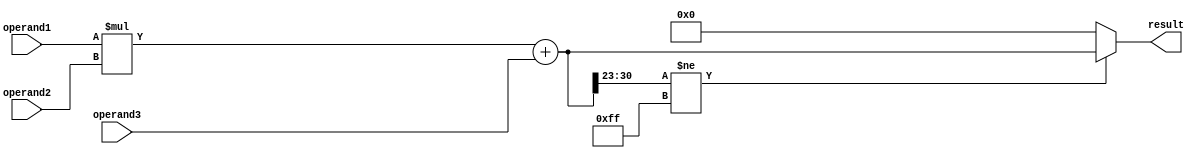
module fma_unit (
    input wire [31:0] operand1,
    input wire [31:0] operand2,
    input wire [31:0] operand3,
    output reg [31:0] result
);

reg [31:0] multiplication_result, addition_result;

always @* begin
    multiplication_result = operand1 * operand2;
    addition_result = multiplication_result + operand3;
    
    if (addition_result[30:23] != 8'b11111111) begin // Check for overflow/underflow
        result = addition_result;
    end else begin
        // Handle exception
        result = 32'b0; // Set result to zero in case of exception
    end
end

endmodule